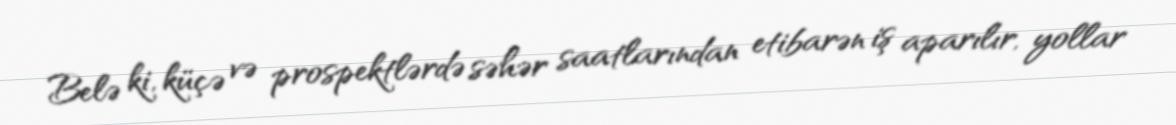
Belə ki, küçə və prospektlərdə səhər saatlarından etibarən iş aparılır, yollar